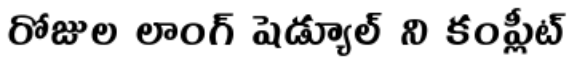
రోజుల లాంగ్ షెడ్యూల్ ని కంప్లీట్